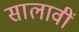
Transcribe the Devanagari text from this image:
सालावीं